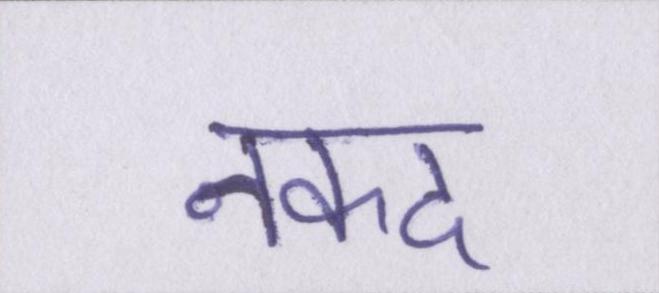
नकद